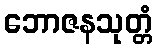
ဘောဇနသုတ္တံ